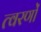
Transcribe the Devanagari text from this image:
त्वरणों